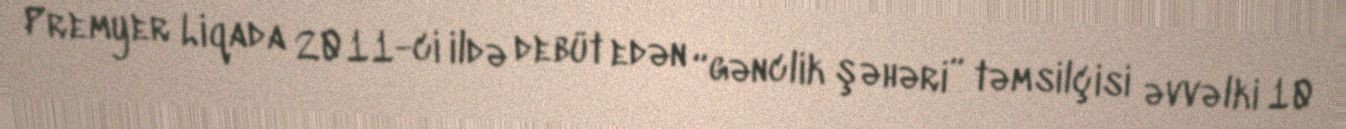
Premyer Liqada 2011-ci ildə debüt edən “gənclik şəhəri” təmsilçisi əvvəlki 10